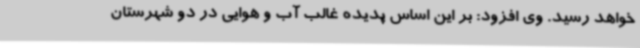
خواهد رسید. وی افزود: بر این اساس پدیده غالب آب و هوایی در دو شهرستان